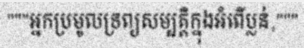
"""អ្នកប្រមូលទ្រព្យសម្បត្តិក្នុងអំពើប្លន់,"""